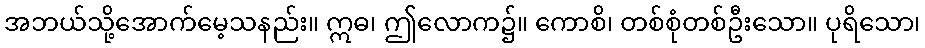
အဘယ်သို့အောက်မေ့သနည်း။ ဣဓ၊ ဤလောက၌။ ကောစိ၊ တစ်စုံတစ်ဦးသော။ ပုရိသော၊